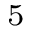
_ 5